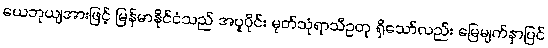
ယေဘုယျအားဖြင့် မြန်မာနိုင်ငံသည် အပူပိုင်း မုတ်သုံရာသီဥတု ရှိသော်လည်း မြေမျက်နှာပြင်